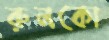
রুনকো